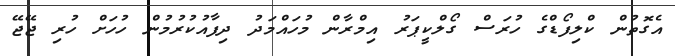
އެގޮތުން ކްލިފޯޑްގެ ހުރަސް ގޯލްކީޕަރު އިމްރާން މުހައްމަދު ދިފާއުކުރުމުން ހުހަށް ހުރި ޖޭޖޭ